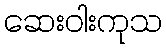
ဆေးဝါးကုသ